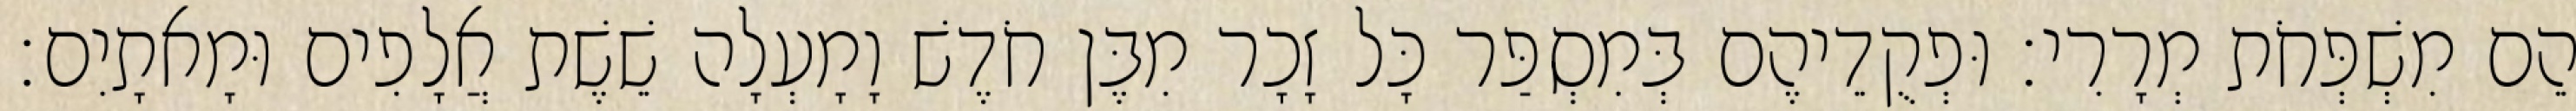
הֵם מִשְׁפְּחֹת מְרָרִי׃ וּפְקֻדֵיהֶם בְּמִסְפַּר כָּל זָכָר מִבֶּן חֹדֶשׁ וָמָעְלָה שֵׁשֶׁת אֲלָפִים וּמָאתָיִם׃